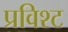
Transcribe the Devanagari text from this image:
प्रविश्ट